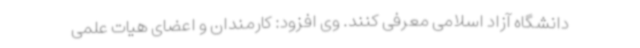
دانشگاه آزاد اسلامی معرفی کنند. وی افزود: کارمندان و اعضای هیات علمی